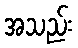
အသည်း